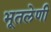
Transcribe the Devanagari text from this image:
भूतलेणी